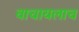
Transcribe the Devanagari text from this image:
वाचायलाच